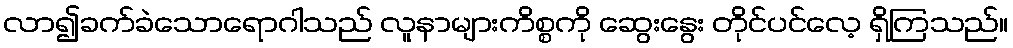
လာ၍ခက်ခဲသောရောဂါသည် လူနာများကိစ္စကို ဆွေးနွေး တိုင်ပင်လေ့ ရှိကြသည်။